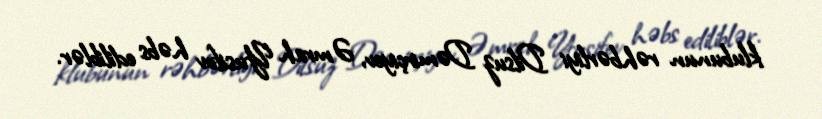
klubunun rəhbərliyi Dilsuz Dəmirçiyev, Əmrah Yusifov həbs ediliblər.